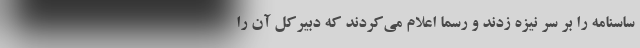
ساسنامه را بر سر نیزه زدند و رسماً اعلام می‌کردند که دبیرکل آن را